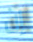
إن